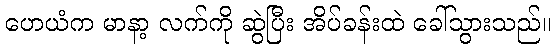
ဟေယံက မာနာ့ လက်ကို ဆွဲပြီး အိပ်ခန်းထဲ ခေါ်သွားသည်။